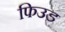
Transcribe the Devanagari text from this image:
फिउड